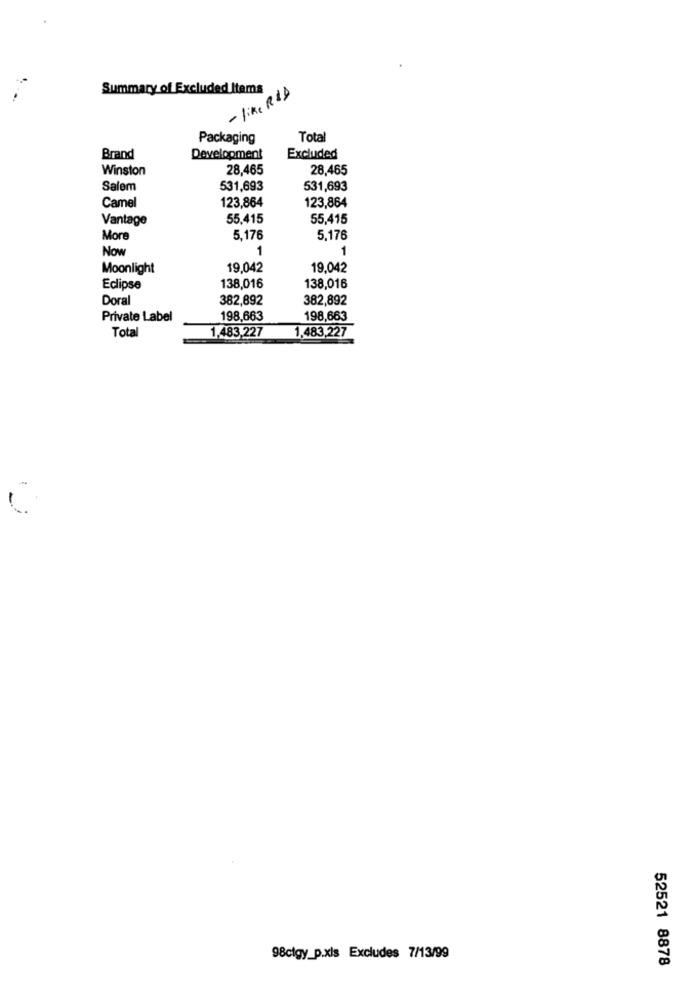
Summary of Excluded Items
- like R&D
Packaging
Total
Brand
Development
Excluded
Winston
28,465
28,465
Salem
531,693
531,693
123,864
Camel
123,864
Vantage
55,415
55,415
More
5,176
5,176
Now
1
1
Moonlight
19,042
19,042
Eclipse
138,016
138,016
Doral
382,892
382,892
Private Label
198,663
198,663
Total
1,483,227
1,483,227
98clgy_p.xls Excludes 7/13/99
52521 8878